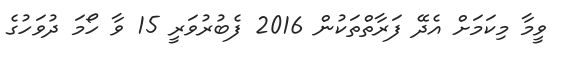
ވީމާ މިކަމަށް އެދޭ ފަރާތްތަކުން 2016 ފެބުރުވަރީ 15 ވާ ހޯމަ ދުވަހުގެ